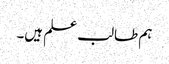
ہم طالب علم ہیں۔